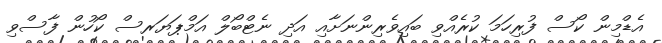
އެޑްމިން ކޯސް ފުރިހަމަ ކުރެއްވި ބައިވެރިންނަށާއި އަދި ނެޓްބޯލް އަމްޕަޔަރސް ކޯހުން ފާސްވި